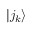
| j _ { k } \rangle